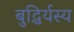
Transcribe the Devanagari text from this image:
बुद्धिर्यस्य